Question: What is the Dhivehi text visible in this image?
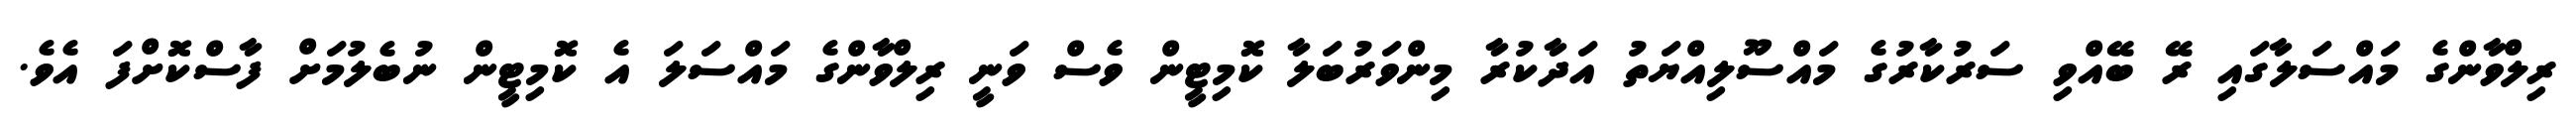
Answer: ރިލްވާންގެ މައްސަލާގައި ރޭ ބޭއްވި ސަރުކާރުގެ މައްސޫލިއްޔަތު އަދާކުރާ މިންވަރުބަލާ ކޮމިޓީން ވެސް ވަނީ ރިލްވާންގެ މައްސަލަ އެ ކޮމިޓީން ނުބެލުމަށް ފާސްކޮށްފަ އެވެ.